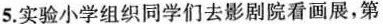
5.实验小学组织同学们去影剧院看画展，第